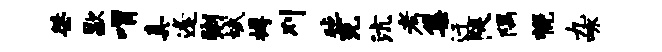
桀歇喟真逢粥斌樽刈毡充沆考集迁陡隅幌九咏